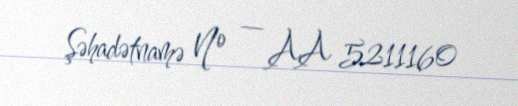
Şəhadətnamə № — AA 5211160